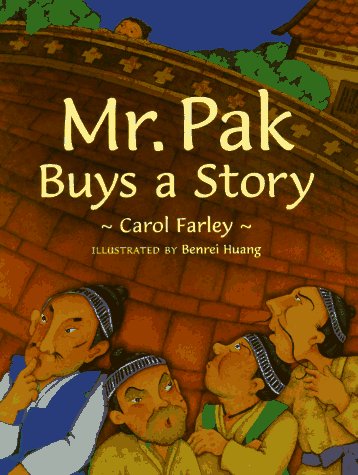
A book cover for Mr. Pak Buys a Story; Carol J. Farley; Children's Books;